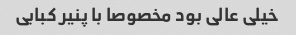
خیلی عالی بود مخصوصا با پنیر کبابی